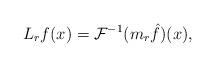
LaTeX: \begin{align*} L_r f(x)= \mathcal{F}^{-1}(m_r\hat f)(x), \end{align*}